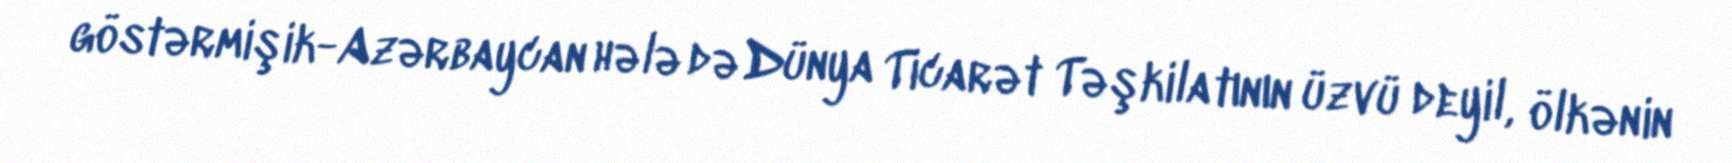
göstərmişik-Azərbaycan hələ də Dünya Ticarət Təşkilatının üzvü deyil, ölkənin